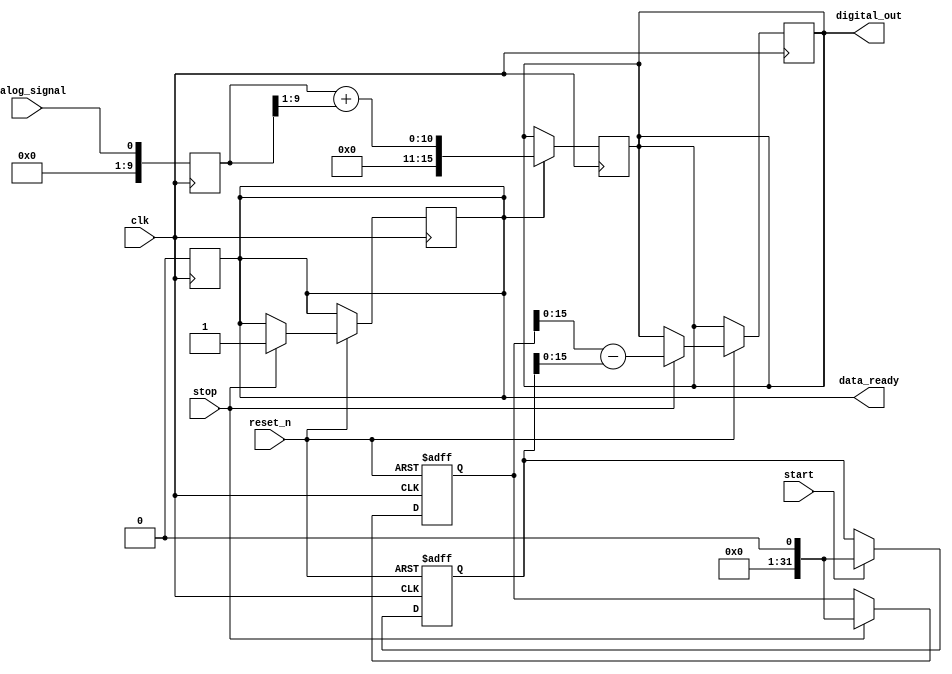
module TDC (
    input wire clk,               // System clock
    input wire reset_n,           // Active-low reset
    input wire start,             // Start signal for measurement
    input wire stop,              // Stop signal for measurement
    input wire analog_signal,      // Input analog signal
    output wire [15:0] digital_out,// 16-bit digital output
    output wire data_ready        // Data ready signal
);

    // Parameters
    parameter FIFO_DEPTH = 16;    // Depth of the FIFO buffer
    parameter ADC_RESOLUTION = 10; // ADC resolution (10 bits)

    // Internal signals
    reg [31:0] time_start, time_stop; // Time stamps for start/stop
    reg [15:0] digital_value;         // Digital representation from ADC
    reg [FIFO_DEPTH-1:0] fifo_buffer[FIFO_DEPTH-1:0]; // FIFO buffer
    reg [3:0] fifo_write_ptr, fifo_read_ptr; // Pointers for FIFO
    reg data_valid;                   // Indicates if data is valid

    // Time Measurement Unit (TMU)
    always @(posedge clk or negedge reset_n) begin
        if (!reset_n) begin
            time_start <= 32'b0;
            time_stop <= 32'b0;
        end else begin
            if (start) begin
                time_start <= $time; // Capture start time
            end
            if (stop) begin
                time_stop <= $time;  // Capture stop time
                digital_value <= time_stop - time_start; // Calculate time interval
                fifo_buffer[fifo_write_ptr] <= digital_value; // Store in FIFO
                fifo_write_ptr <= fifo_write_ptr + 1;
                data_valid <= 1'b1; // Set data valid
            end
        end
    end

    // Analog-to-Digital Conversion (ADC)
    // Note: This is a placeholder for the ADC function
    reg [ADC_RESOLUTION-1:0] adc_value; // ADC output
    always @(posedge clk) begin
        adc_value <= analog_signal; // Simulated ADC conversion
    end

    // Digital Processing Unit (DPU)
    always @(posedge clk) begin
        if (data_valid) begin
            // Perform calibration and correction (Dummy operation)
            digital_value <= adc_value + (adc_value >> 1); // Example correction
            data_valid <= 1'b0; // Reset data valid after processing
        end
    end

    // Memory Block (FIFO)
    always @(posedge clk) begin
        if (data_valid) begin
            fifo_buffer[fifo_write_ptr] <= digital_value; // Store value in FIFO
            fifo_write_ptr <= fifo_write_ptr + 1;
        end
    end

    // Output Interface
    assign digital_out = digital_value; // Output the digital value
    assign data_ready = data_valid; // Output data ready signal

endmodule